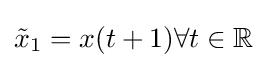
{\tilde {x}}_{1}=x(t+1)\forall t\in \mathbb {R}